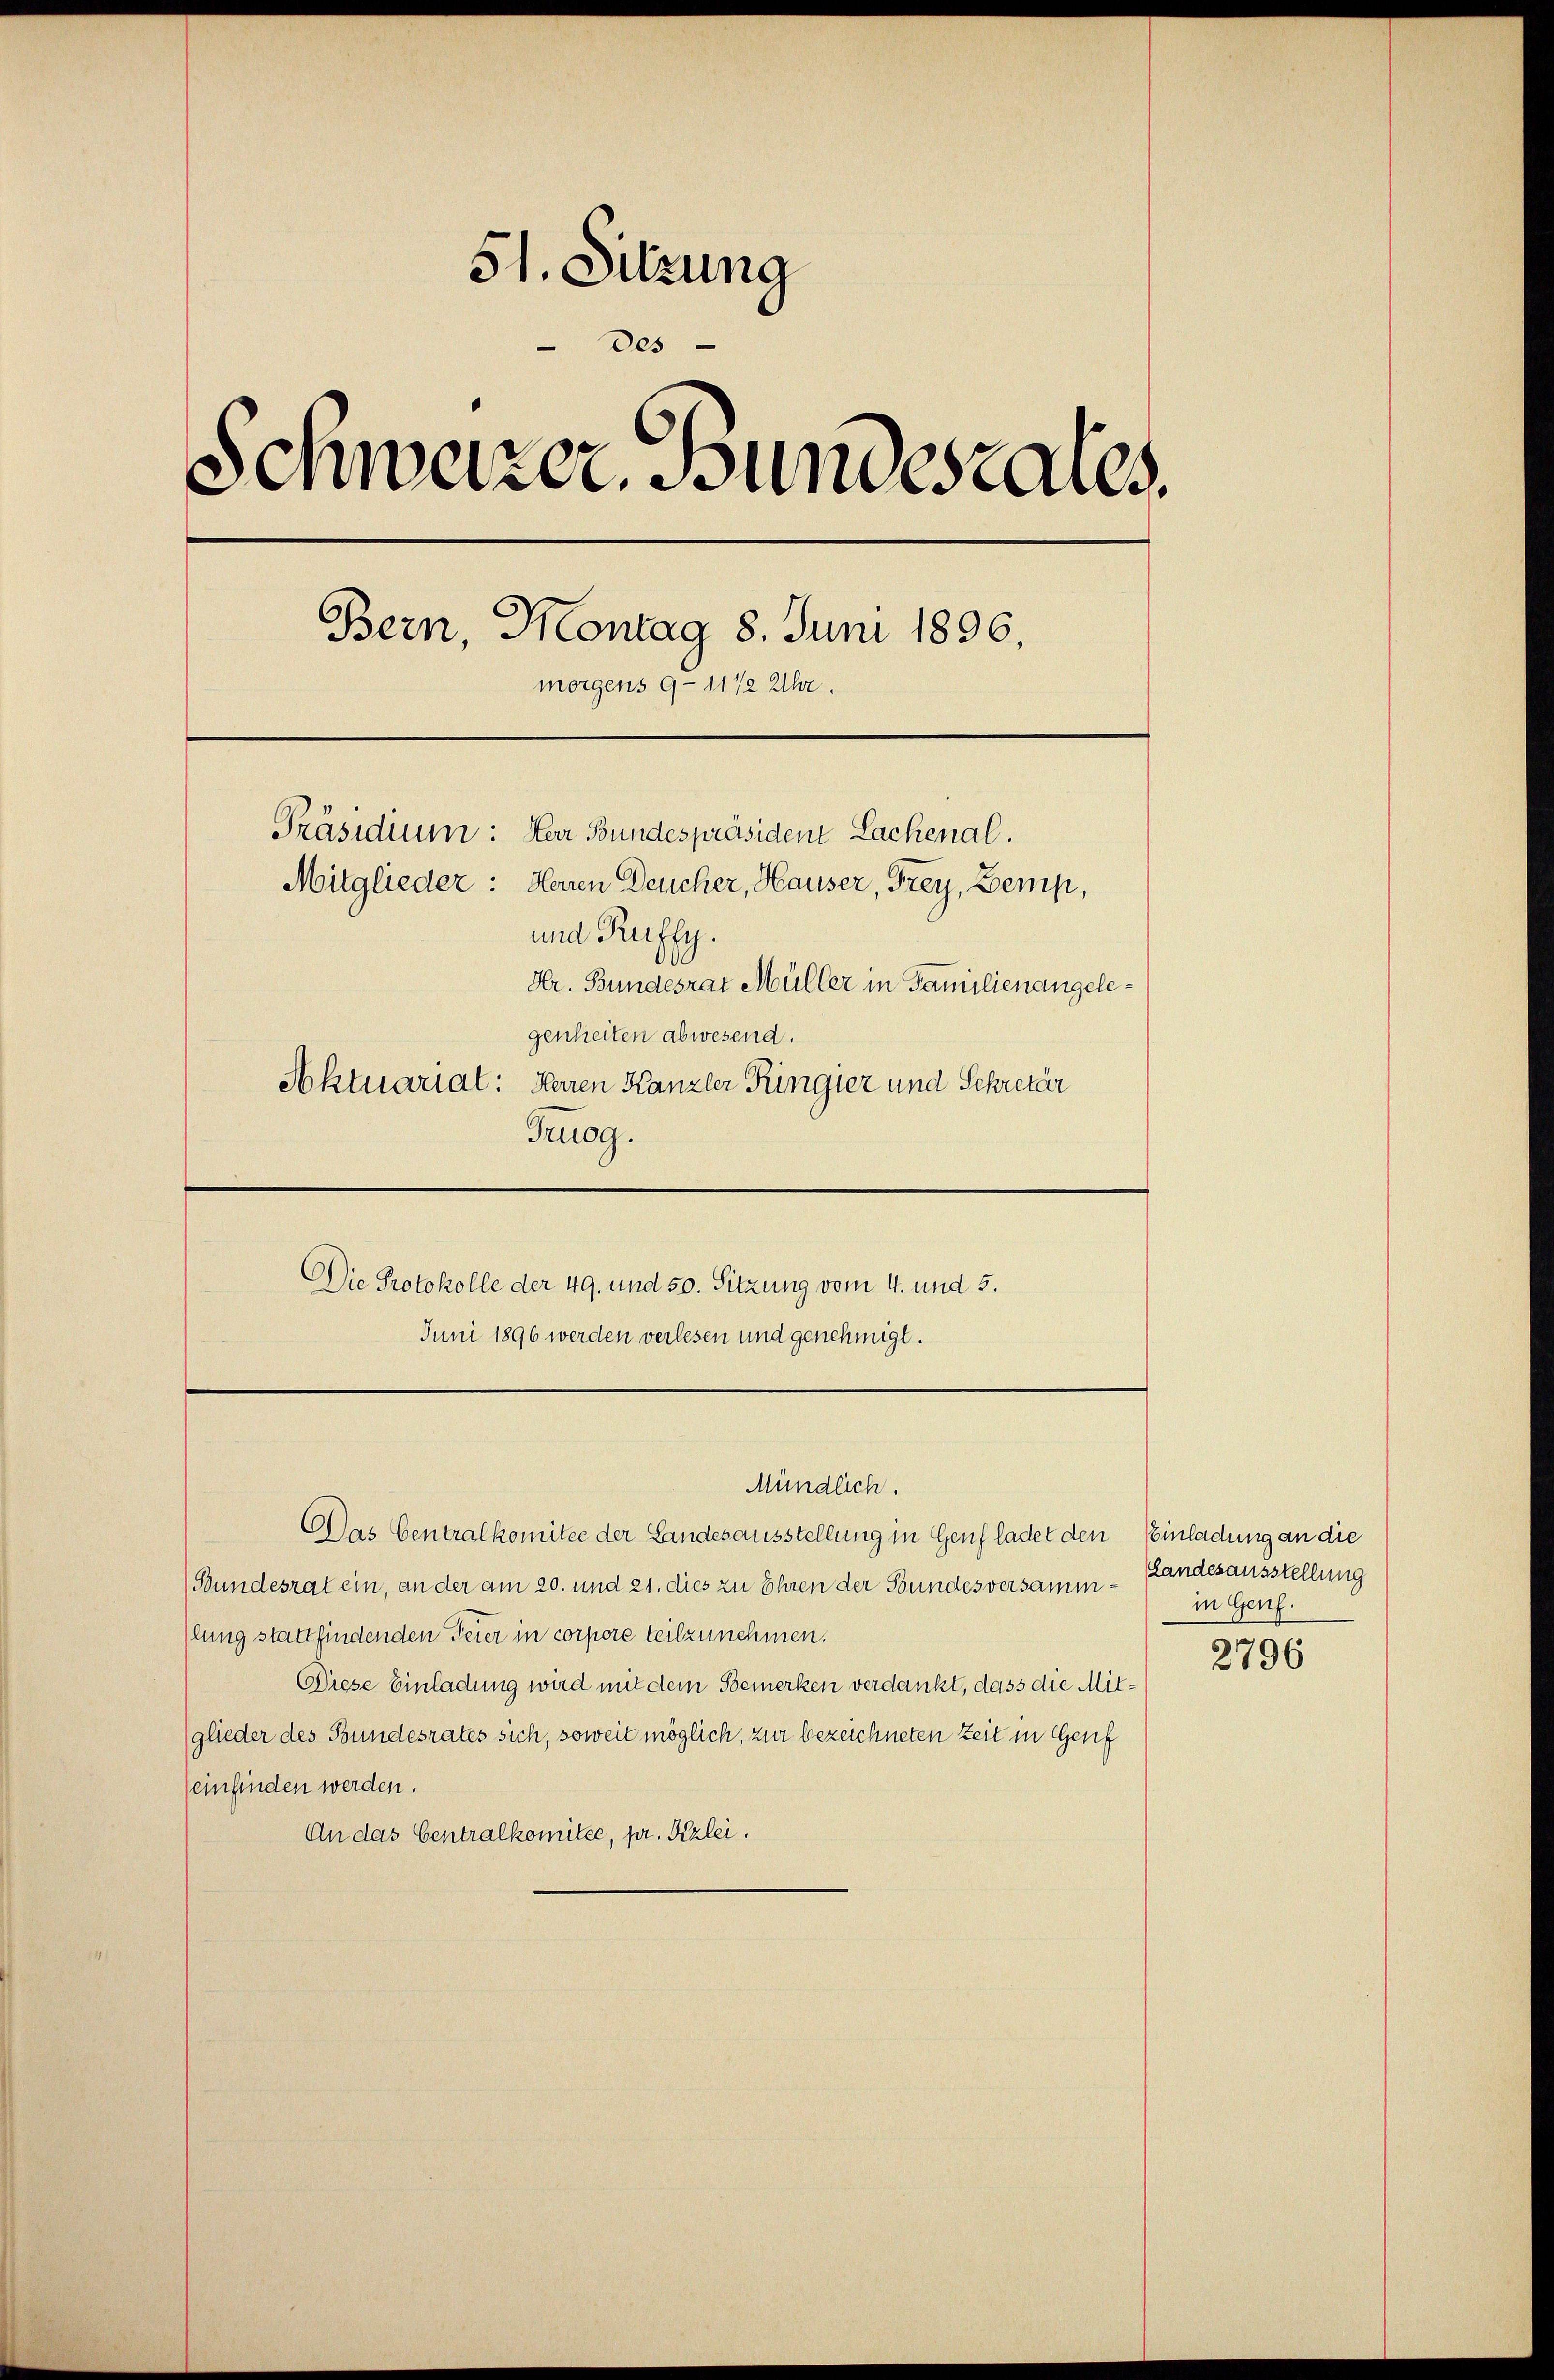
51. Sitzung
Des
Schweizer. Bundesares.
Bern, Montag 8. Juni 1896.
morgens 9-11 1/2 Uhr.
Präsidium: Herr Bundespräsident Lachenal.
Mitglieder: Herren Deucher, Hauser, Frey, Bemp,
und Ruffy.
Hr. Bundesrat Müller in Familienangelegenheiten abwesend.
Aktuarial: Herren Kanzler Ringier und Schretär
Truog.

Juni 1896 werden verlesen und genehmigt.

Die Protokolle der 49. und 50. Sitzung vom 4. und 5.

DDas Centralkomitee der Landesausstellung in Genf ladet den Einladung an die
(Bundesrat ein, an der am 20. und 21. dies zu Ehren der Bundesversammlung stattfindenden Feier in corpore teilzunehmen.
Diese Einladung wird mit dem Bemerken verdankt, dass die Mitglieder des Bundesrates sich, soweit möglich, zur bezeichneten Zeit in Genf
einfinden werden.
An das Centralkomitée, pr. Kzlei.

Mündlich.

Landesausstellung
in Genf.

2796